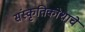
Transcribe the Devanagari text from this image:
संस्कृतिकोशाचे